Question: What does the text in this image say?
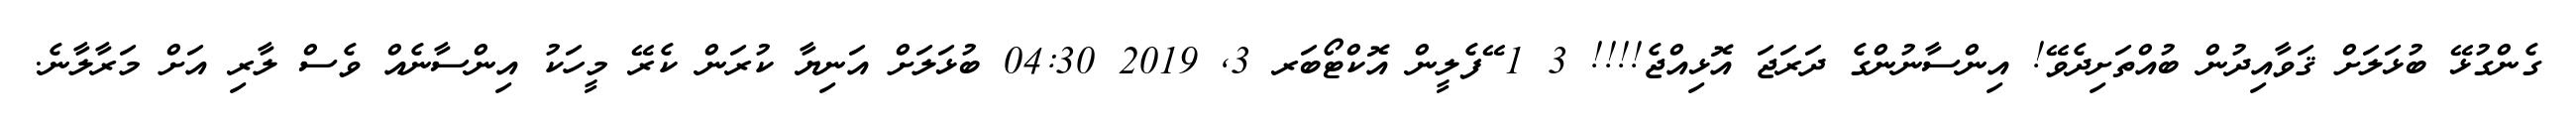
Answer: ގެންގުޅޭ ބުޅަލަށް ޤަވާއިދުން ބުއްތަށިދެވޭ! އިންސާނުންގެ ދަރަޖަ އޮޅިއްޖެ!!!! 3 1 ޭފެލީން އޮކްޓޯބަރ 3, 2019 04:30 ބުޅަލަށް އަނިޔާ ކުރަން ކެރޭ މީހަކު އިންސާނެއް ވެސް ލާރި އަށް މަރާލާނެ.